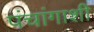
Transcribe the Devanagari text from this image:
पंचांगाशी